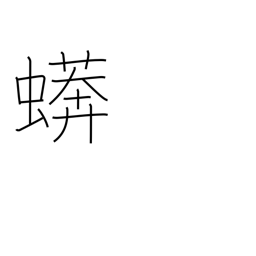
Meaning: boa constrictor